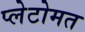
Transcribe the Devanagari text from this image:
प्लेटोमत